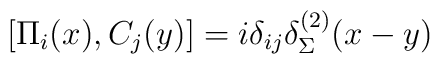
\left[\Pi_i(x),C_j(y)\right] = i\delta_{ij}\delta_\Sigma^{(2)}(x-y)